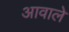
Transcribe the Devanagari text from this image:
आवाले